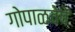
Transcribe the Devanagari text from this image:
गोपाळवेषें